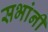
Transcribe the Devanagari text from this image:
सभांनी